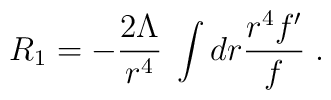
R_1 = - \frac{2 \Lambda}{r^4} \; \int dr \frac{r^4 f'}{f} \; .